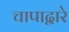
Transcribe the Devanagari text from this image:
चापाद्वारे